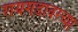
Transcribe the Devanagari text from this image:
रायगडावरच्या